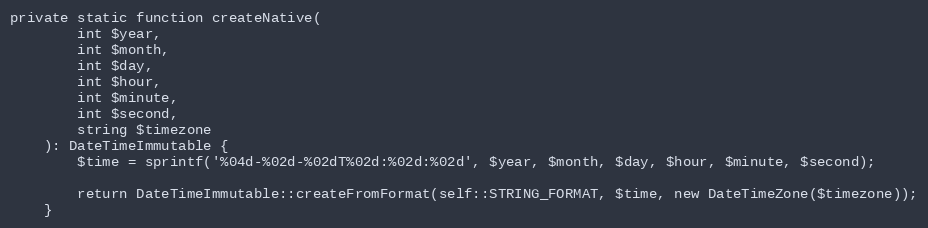
Language: PHP
private static function createNative(
        int $year,
        int $month,
        int $day,
        int $hour,
        int $minute,
        int $second,
        string $timezone
    ): DateTimeImmutable {
        $time = sprintf('%04d-%02d-%02dT%02d:%02d:%02d', $year, $month, $day, $hour, $minute, $second);

        return DateTimeImmutable::createFromFormat(self::STRING_FORMAT, $time, new DateTimeZone($timezone));
    }